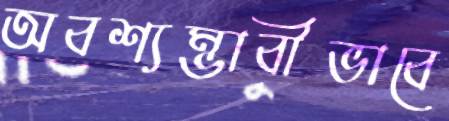
অবশ্যম্ভাবীভাবে